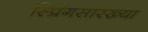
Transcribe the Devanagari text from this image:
स्प्रिंगसारख्या